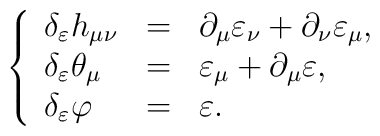
\left\{\begin{array}{lll}\delta_{\varepsilon}h_{\mu\nu} & = & \partial_{\mu}\varepsilon_{\nu} + \partial_{\nu}\varepsilon_{\mu} ,\\\delta_{\varepsilon}\theta_{\mu} & = & \varepsilon_{\mu} + \partial_{\mu}\varepsilon ,\\\delta_{\varepsilon}\varphi & = & \varepsilon .\end{array}\right.